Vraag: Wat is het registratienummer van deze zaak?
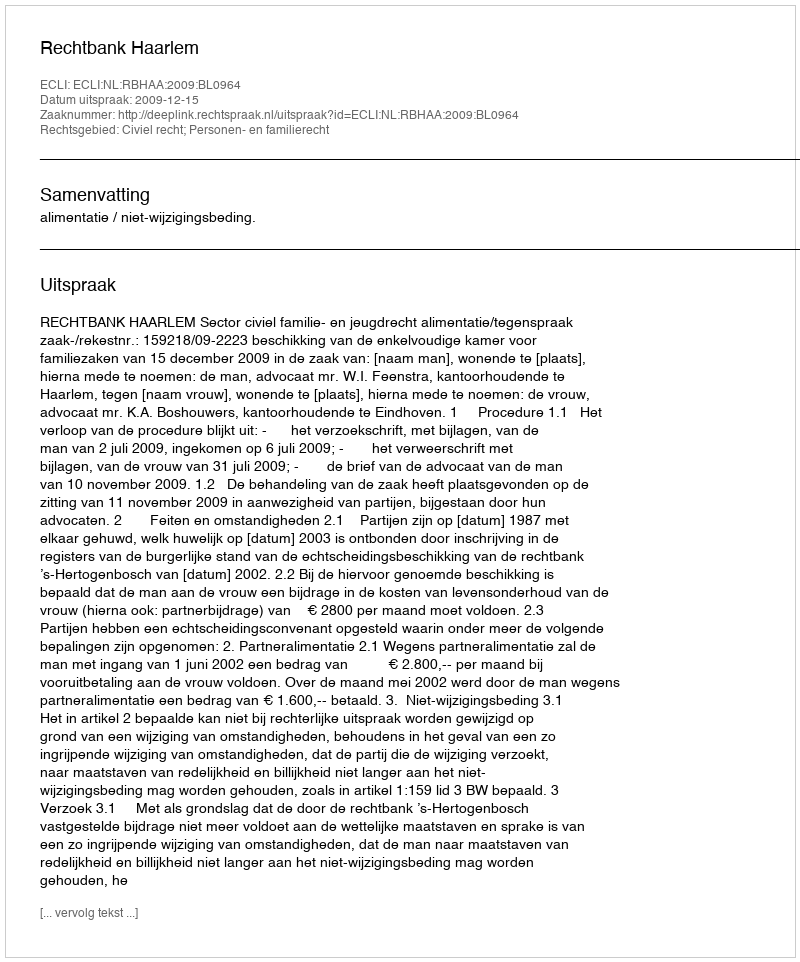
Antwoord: http://deeplink.rechtspraak.nl/uitspraak?id=ECLI:NL:RBHAA:2009:BL0964